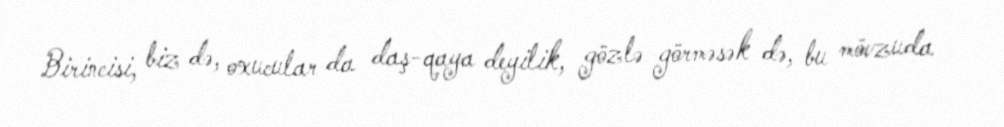
Birincisi, biz də, oxucular da daş-qaya deyilik, gözlə görməsək də, bu mövzuda